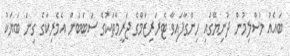
ބައެއް މުސްލިމުން ދުނިޔޭގައި ހިންގާފައިވާ ޓެރަރިޒަމްގެ ޖަރީމާތަކުގެ ސަބަބުން އެމެރިކާގެ ގިނަ ބަޔަކު